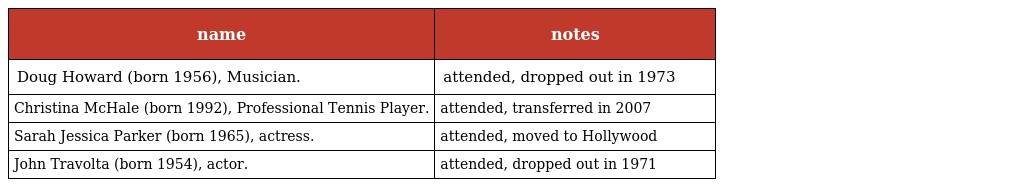
| name | notes |
 | --- | --- |
 | Doug Howard (born 1956), Musician. | attended, dropped out in 1973 |
 | Christina McHale (born 1992), Professional Tennis Player. | attended, transferred in 2007 |
 | Sarah Jessica Parker (born 1965), actress. | attended, moved to Hollywood |
 | John Travolta (born 1954), actor. | attended, dropped out in 1971 |